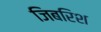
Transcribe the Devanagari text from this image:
जिबरिश